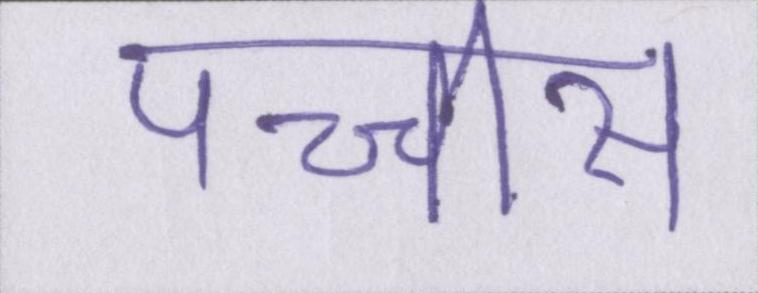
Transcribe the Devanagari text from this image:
पच्चीस